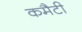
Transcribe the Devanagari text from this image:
कमैटी